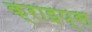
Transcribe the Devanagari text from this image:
क्राइप्स